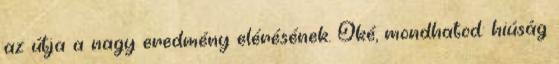
az útja a nagy eredmény elérésének. Oké, mondhatod: hiúság